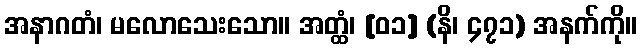
အနာဂတံ၊ မလောသေးသော။ အတ္ထံ၊ [၀၁] (နိ၊ ၄၇၁) အနက်ကို။